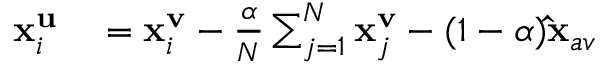
\begin{array} { r l } { \mathbf { x } _ { i } ^ { \mathbf { u } } } & { { } = \mathbf { x } _ { i } ^ { \mathbf { v } } - \frac { \alpha } { N } \sum _ { j = 1 } ^ { N } \mathbf { x } _ { j } ^ { \mathbf { v } } - ( 1 - \alpha ) \mathbf { \hat { x } } _ { a v } } \end{array}